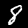
Digit: 8